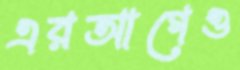
এরআগেও